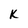
Character: K